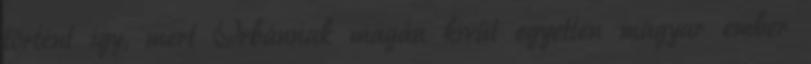
történt így, mert Orbánnak magán kívül egyetlen magyar ember